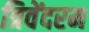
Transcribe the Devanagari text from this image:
त्रिवेंदरम